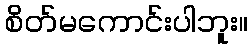
စိတ်မကောင်းပါဘူး။